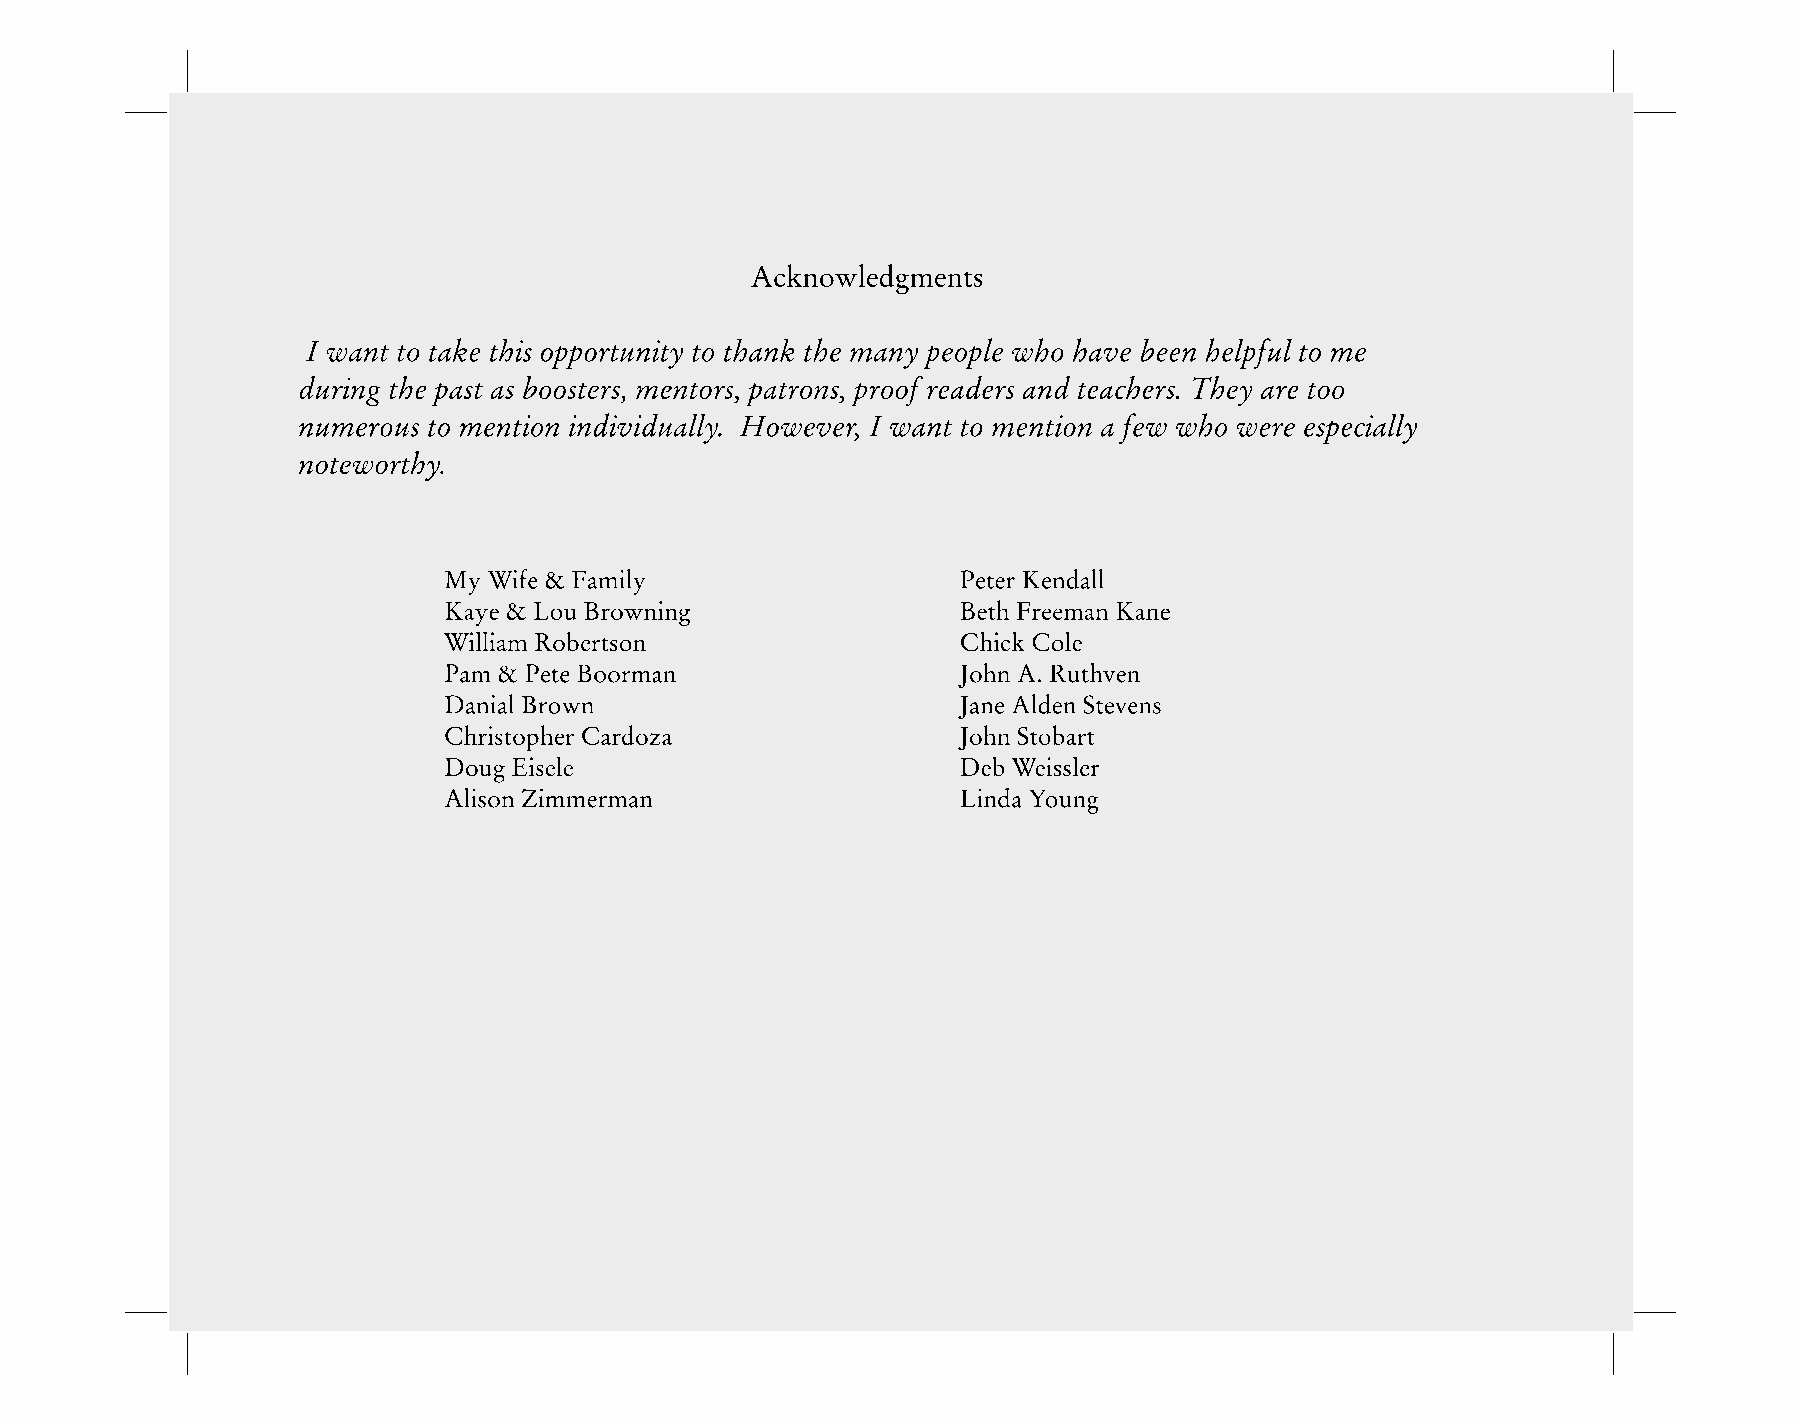
PMeyte Wr Kifeen &da Fllamily Acknowledgments
 BKeatyhe F&re Lemoua nB Kroawnneing
 dC J JW P DIo aauh nahi mwl nri enlc ii i a k Aa na&Am ln g lC . BdPt RR t o eret hnol tuooe ee wtb S htB te pnav er oak vet os sn eeo tr n mnt ash sai nbs oo op sp to er rt su , mni ety n tt oo r t sh , pa an tk r oth ne s, m pra on oy f rp ee ao dp ele r sw ah no d h tea av ce h b ere se .n T h he el yp f au rl e t to o m oe
 nJCouhhmrnis eStortoopbuhaesrr tt Co amrdeonztaion individually. However, I want to mention a few who were especially
 nDDoeotbue gWw Eeoiirssetslhleeyr.
 LAilnisdoan Y Zoiumnmg erman